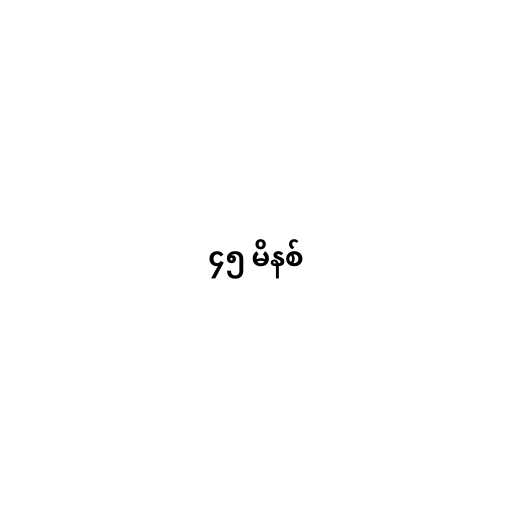
၄၅ မိနစ်